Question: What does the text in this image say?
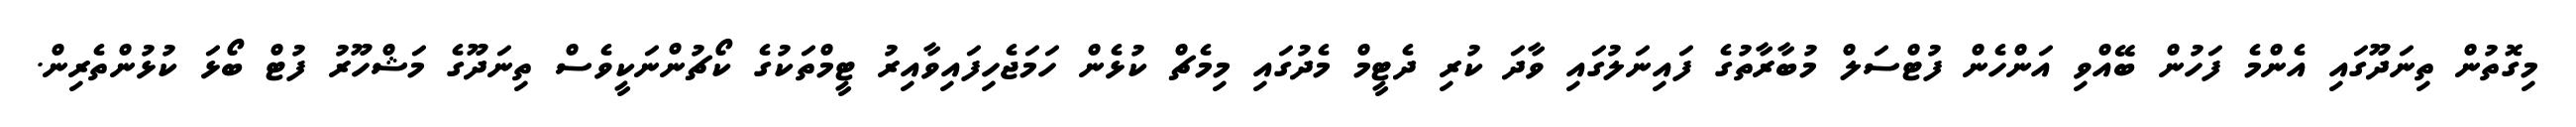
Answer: މިގޮތުން ތިނަދޫގައި އެންމެ ފަހުން ބޭއްވި އަންހެން ފުޓްސަލް މުބާރާތުގެ ފައިނަލުގައި ވާދަ ކުރި ދެޓީމް މެދުގައި މިމެޗް ކުޅެން ހަމަޖެހިފައިވާއިރު ޓީމްތަކުގެ ކޯޗުންނަކީވެސް ތިނަދޫގެ މަޝްހޫރު ފުޓް ބޯޅަ ކުޅުންތެރިން.